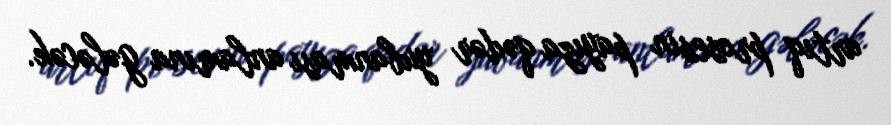
artıq prosesin payıza qədər yubanması anlamına gələcək.